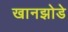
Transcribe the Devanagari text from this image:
खानझोडे